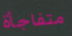
متفاجأة